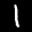
Label: 1